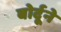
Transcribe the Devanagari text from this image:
बोर्दूने